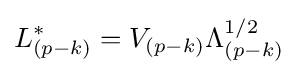
L_{(p-k)}^{*}=V_{(p-k)}\Lambda _{(p-k)}^{1/2}